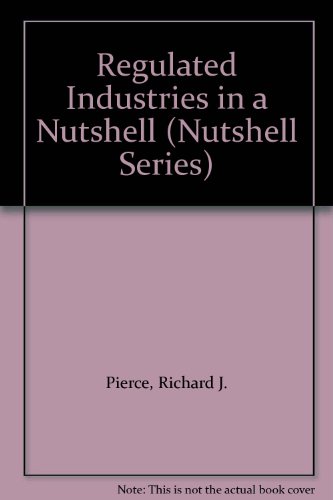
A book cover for Regulated Industries in a Nutshell (Nutshell Series); Richard J. Pierce; Law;